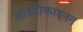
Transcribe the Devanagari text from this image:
साइटोकाइनन